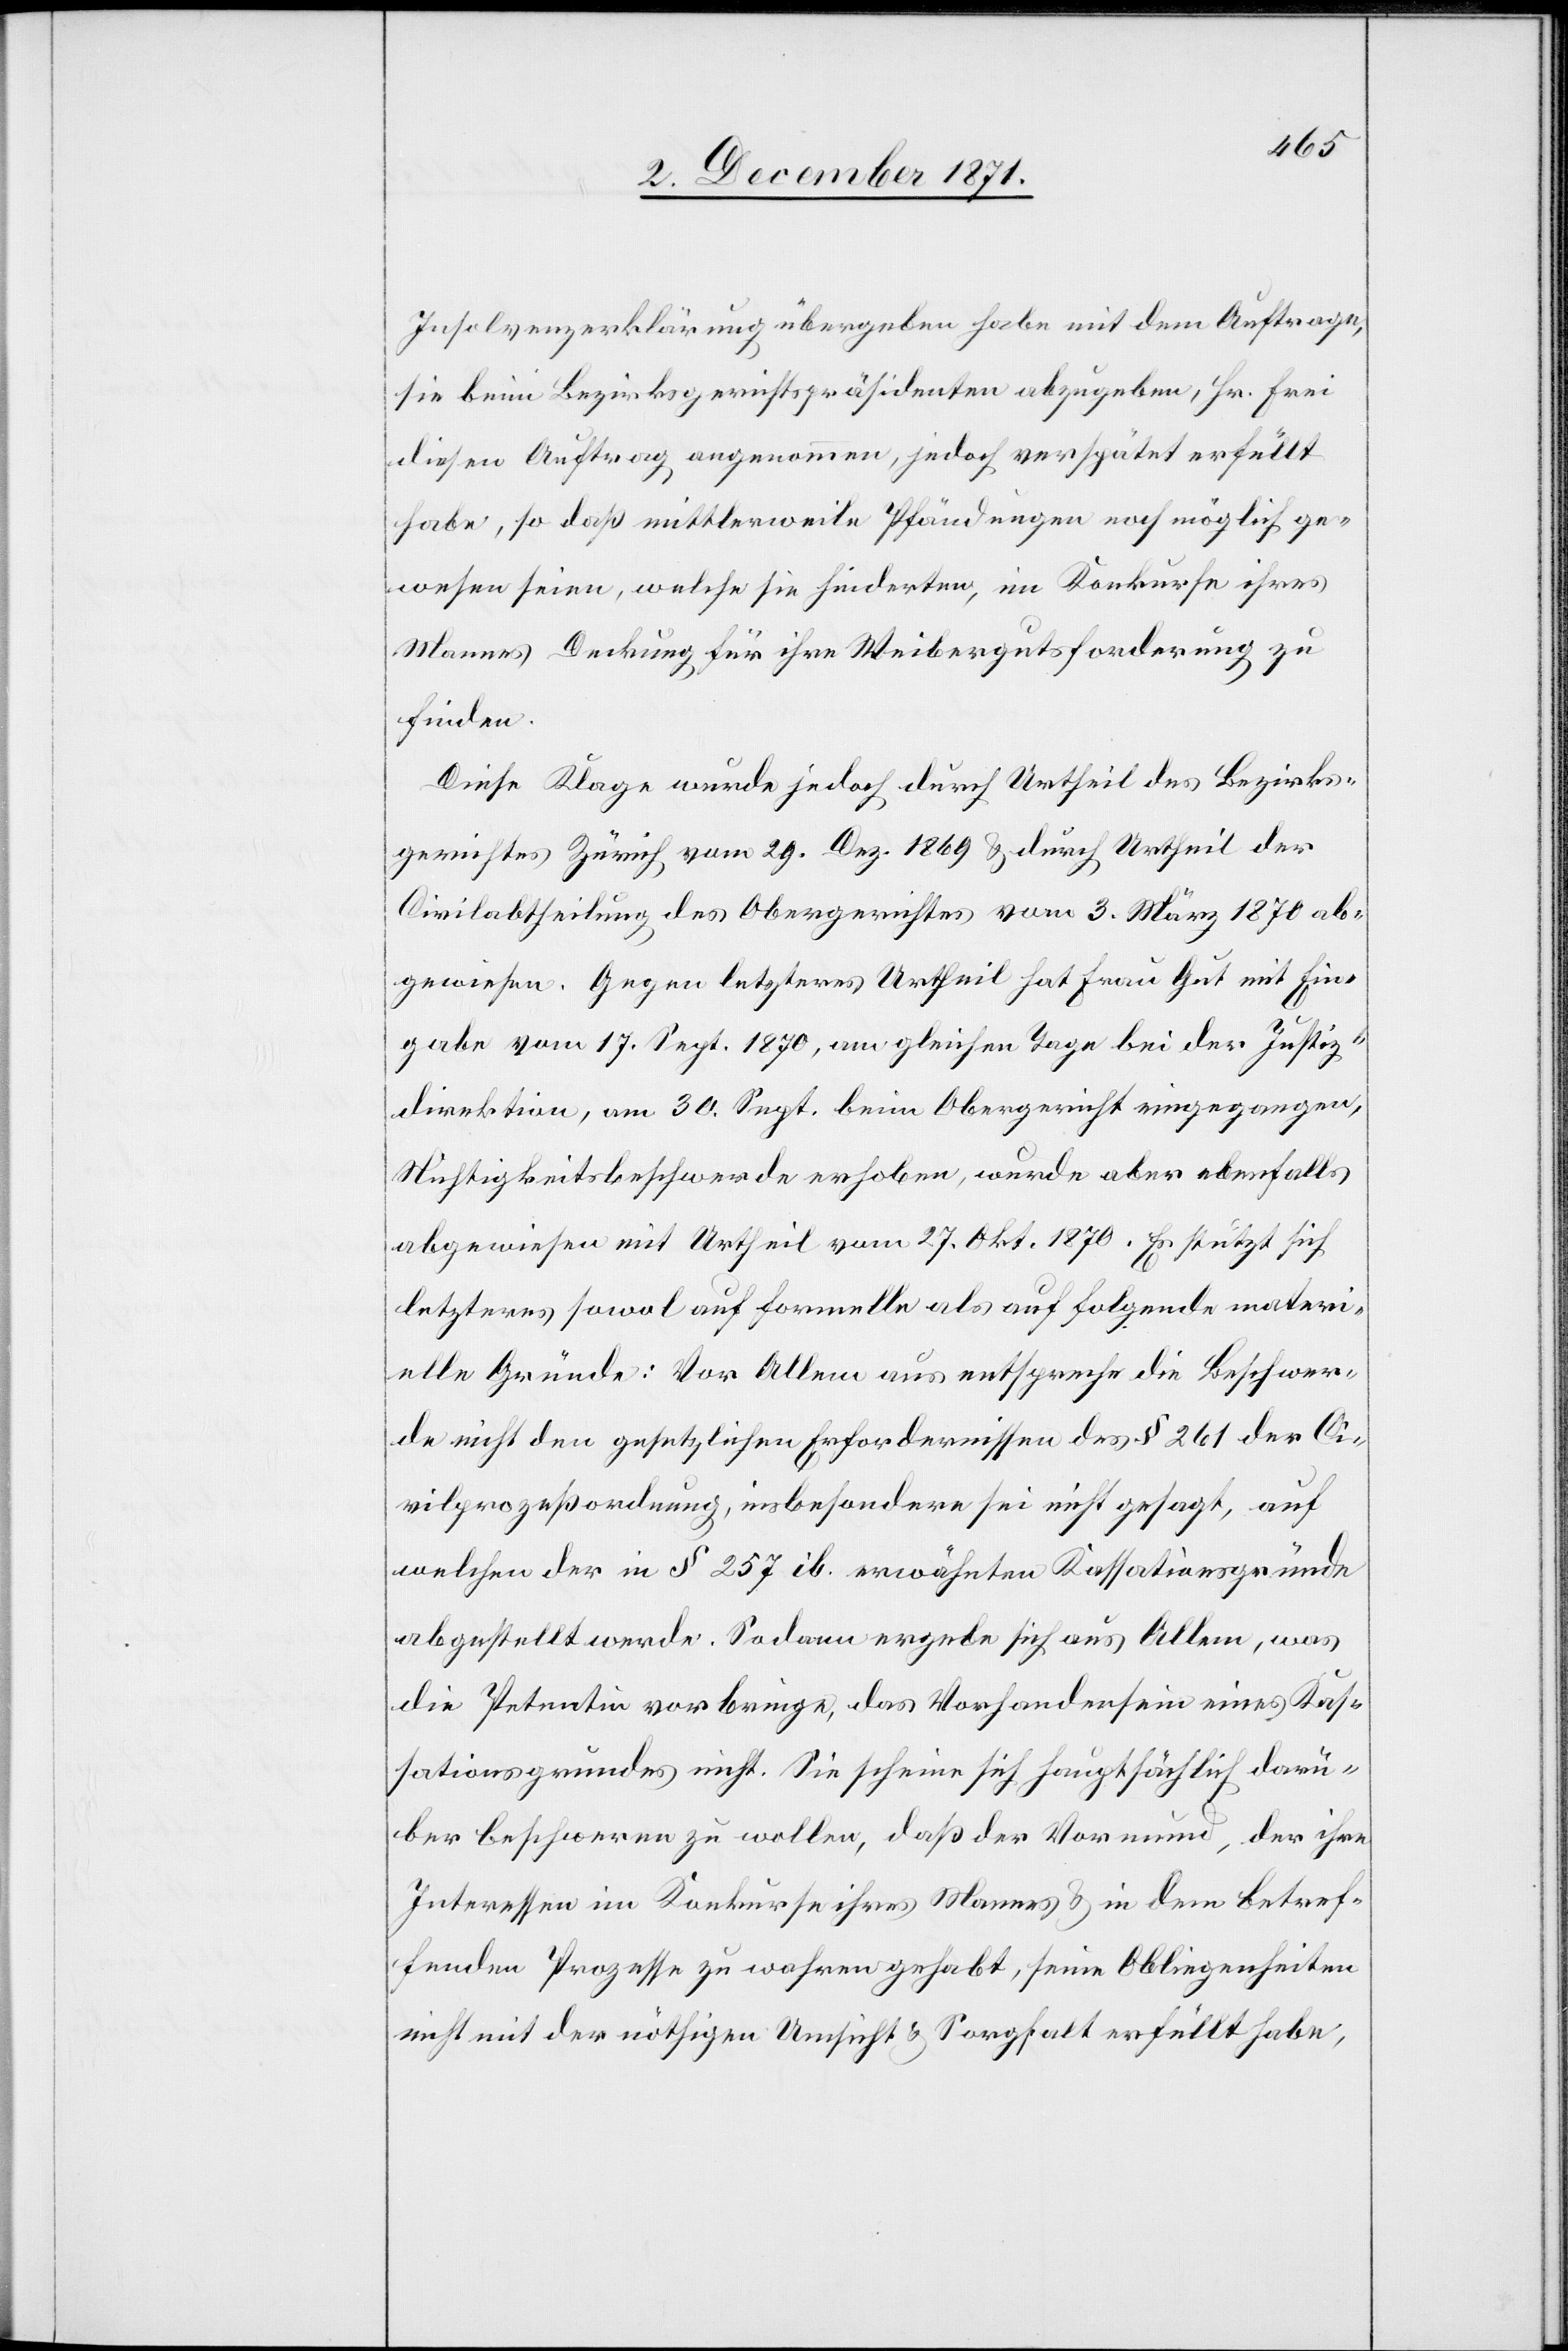
Insolvenzerklärung übergeben habe mit dem Auftrage,
sie beim Bezirksgerichtspräsidenten abzugeben, Hr. Frei
diesen Auftrag angenommen, jedoch verspätet erfüllt
habe, so daß mittlerweile Pfändungen noch möglich ge¬
wesen seien, welche sie hinderten, im Konkurse ihres
Mannes Deckung für ihre Weibergutsforderung zu
finden.
Diese Klage wurde jedoch durch Urtheil des Bezirks¬
gerichtes Zürich vom 29. Dez. 1869 & durch Urtheil der
Civilabtheilung des Obergerichtes vom 3. März 1870 ab¬
gewiesen. Gegen letzteres Urtheil hat Frau Gut mit Ein¬
gabe vom 17. Sept. 1870, am gleichen Tage bei der Justiz¬
direktion, am 30. Sept. beim Obergericht eingegangen,
Nichtigkeitsbeschwerde erhoben, wurde aber ebenfalls
abgewiesen mit Urtheil vom 27. Okt. 1870. Es stützt sich
letzteres sowol auf formelle als auf folgende materi¬
elle Gründe: Vor Allem aus entspreche die Beschwer¬
de nicht den gesetzlichen Erfordernissen des § 261 der Ci¬
vilprozeßordnung, insbesondere sei nicht gesagt, auf
welchen der in § 257 ib. erwähnten Kassationsgründe
abgestellt werde. Sodann ergebe sich aus Allem, was
die Petentin vorbringe, das Vorhandensein eines Kas¬
sationsgrundes nicht. Sie scheine sich hauptsächlich darü¬
ber beschweren zu wollen, daß der Vormund, der ihre
Interessen im Konkurse ihres Mannes & in dem betref¬
fenden Prozesse zu wahren gehabt, seine Obligenheiten
nicht mit der nöthigen Umsicht & Sorgfalt erfüllt habe,